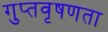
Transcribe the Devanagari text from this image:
गुप्‍तवृषणता